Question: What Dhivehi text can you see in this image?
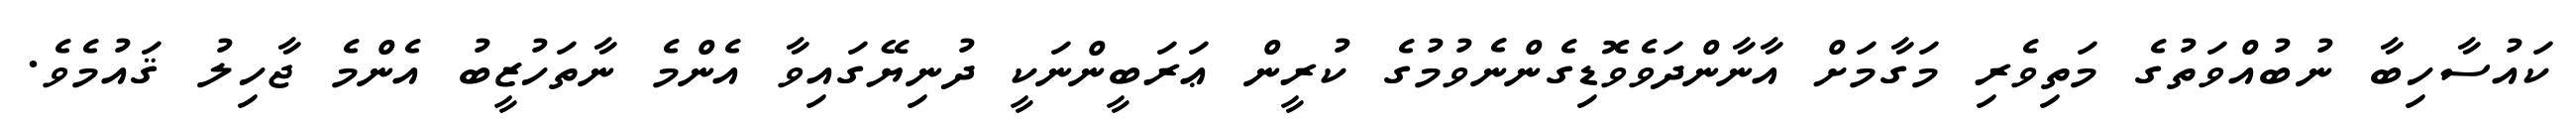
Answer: ކައުސާހިބާ ނުބުއްވަތުގެ މަތިވެރި މަގާމަށް އާނާންދަވެވޮޑިގެންނެވުމުގެ ކުރީން ޢަރަބީންނަކީ ދުނިޔޭގައިވާ އެންމެ ނާތަހުޒީބު އެންމެ ޖާހިލު ޤައުމެވެ.